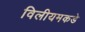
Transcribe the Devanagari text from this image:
विलीयमकडे